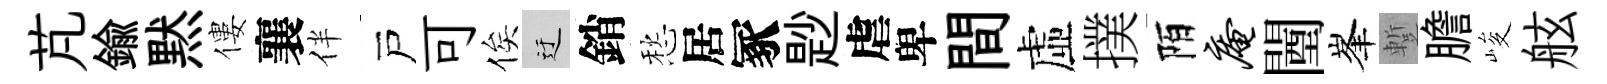
芃鍮黙僂襄伴戸可俟迂銷愁居冢尟虐卑間虛撲陌庵闉峯蹔膽峻舷